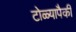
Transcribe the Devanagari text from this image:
टोळ्यापैकी